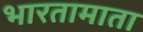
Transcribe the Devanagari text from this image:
भारतामाता